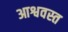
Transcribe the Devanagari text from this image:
आश्ववस्त